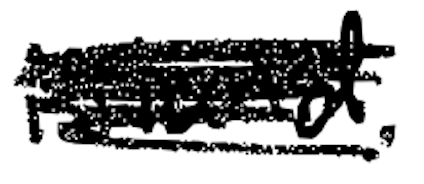
Text: island.
Cross-out: scratch
Writing tool: digital_black